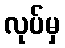
လုပ်မှ